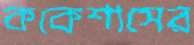
ককেশাসের